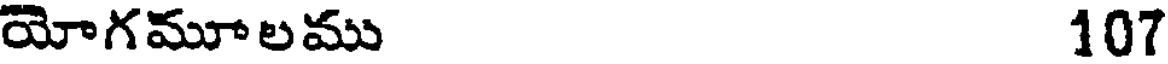
యోగమూలము 107